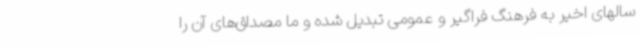
سالهای اخیر به فرهنگ فراگیر و عمومی تبدیل شده و ما مصداق‌های آن را